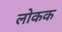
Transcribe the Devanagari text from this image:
लोकक